Annual report on the working of the Harcourt Butler Institute of Public Health, Rangoon
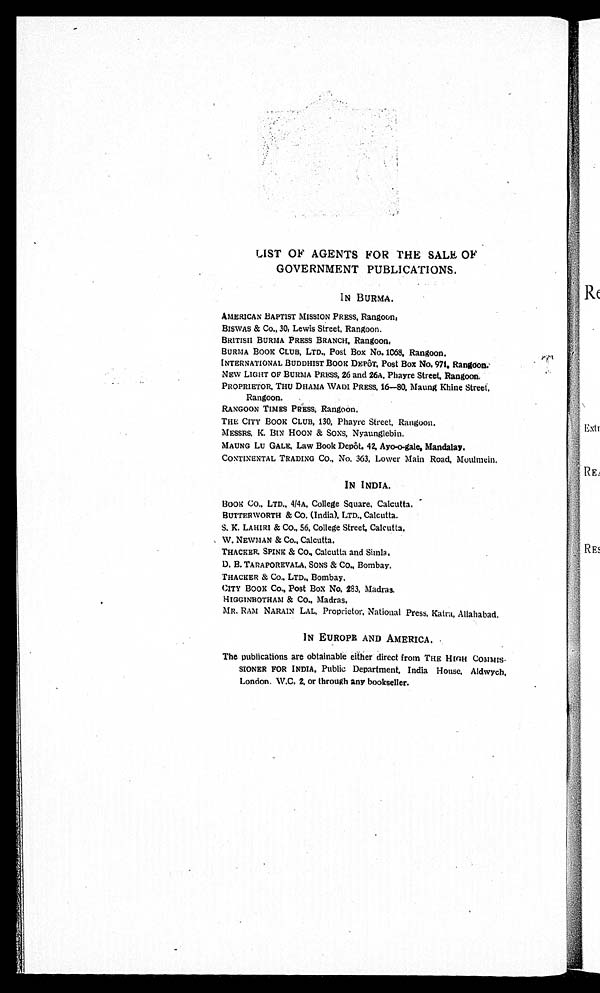
LIST OF AGENTS FOR THE SALE OF
GOVERNMENT PUBLICATIONS.
IN BURMA.
AMERICAN BAPTIST MISSION PRESS, Rangoon.
BISWAS & Co., 30, Lewis Street, Rangoon.
BRITISH BURMA PRESS BRANCH, Rangoon.
BURMA BOOK CLUB, LTD., Post Box No. 1068, Rangoon.
INTERNATIONAL BUDDHIST BOOK DEPÔT. Post Box No. 971, Rangoon
.
NEW LIGHT OF BURMA PRESS, 26 and 26A, Phayre Street, Rangoon
.
PROPRIETOR, THU DHAMA WADI PRESS, 16—80, Maung Khine Street,
Rangoon.
RANGOON TIMES PRESS, Rangoon.
THE CITY BOOK CLUB, 130, Phayre Street, Rangoon.
MESSRS. K. BIN HOON & SONS, Nyaunglebin.
MAUNG LU GALE, Law Book Depôt, 42, Ayo-o-gale, Mandalay.
CONTINENTAL TRADING CO., No. 363, Lower Main Road, Moulmein.
IN INDIA.
BOOK CO., LTD., 4/4A, College Square, Calcutta.
BUTTERWORTH & CO., (India). LTD., Calcutta.
S. K. LAHIRI & CO., 56, College Street, Calcutta.
W. NEWMAN & Co., Calcutta.
THACKER, SPINK & CO., Calcutta and Simla
.
D. B. TARAPOREVALA, SONS & CO., Bombay.
THACKER & Co. , LTD. , Bomba y.
CITY BOOK Co., Post Box No. 283, Madras.
HIGGINBOTHAM & CO., Madras.
MR. RAM NARAIN LAL, Proprietor, National Press, Katra, Allahabad.
IN EUROPE AND AMERICA.
The publications are obtainable either direct from THE HIGH COMMIS
-SIONER FOR INDIA, Public Department, India House, Aldwych,
Lo n d o n . W. C. 2 . o r t h r o u g h a n y b o o k s e l l e r .